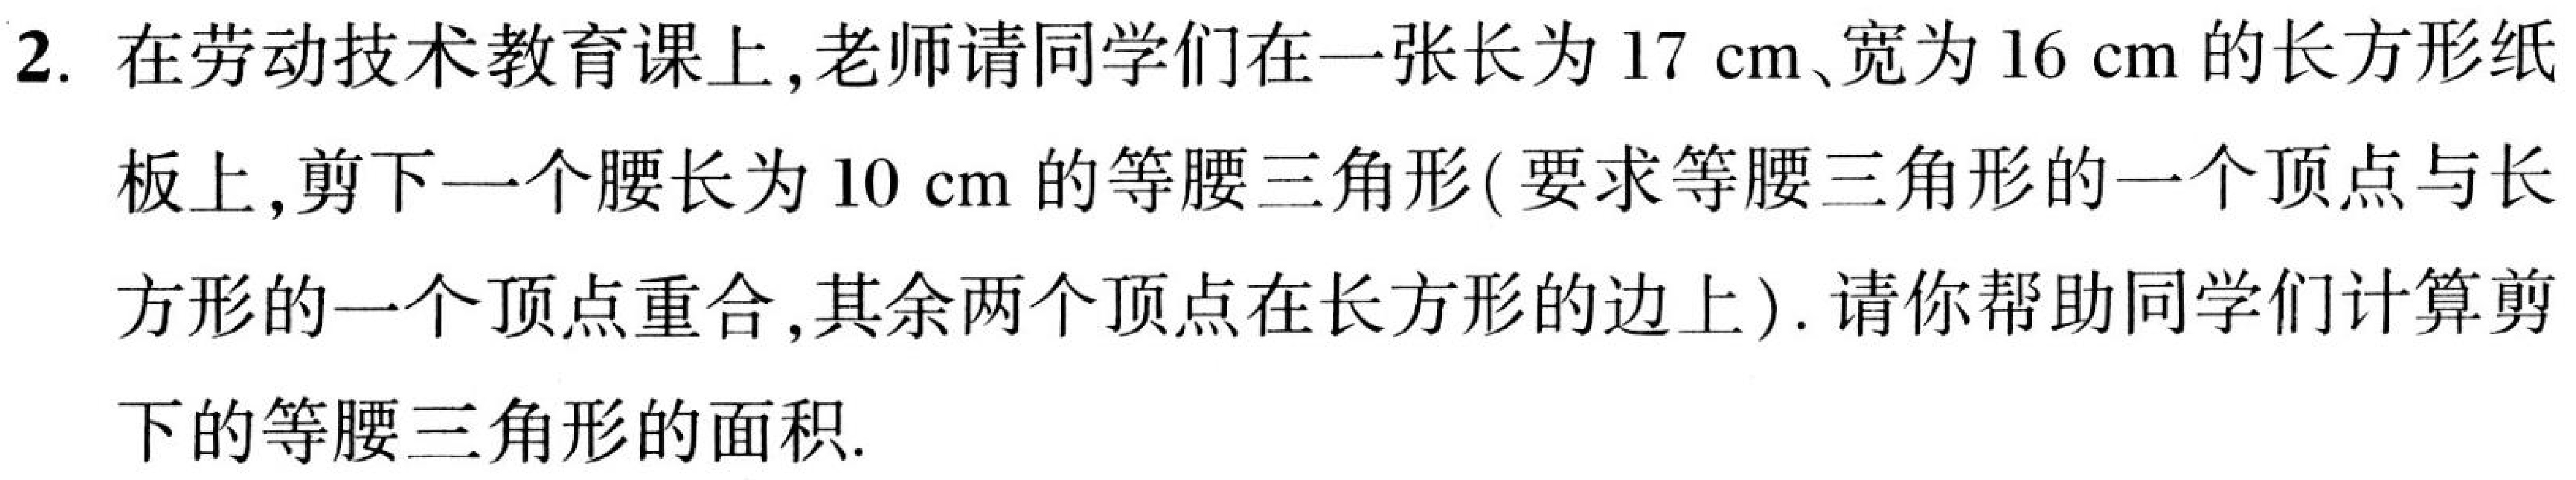
2. 在劳动技术教育课上,老师请同学们在一张长为\(17\) \(cm\)、宽为\(16\) \(cm\)的长方形纸板上,剪下一个腰长为\(10\) \(cm\)的等腰三角形(要求等腰三角形的一个顶点与长方形的一个顶点重合,其余两个顶点在长方形的边上).请你帮助同学们计算剪下的等腰三角形的面积.